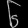
Digit: ၆